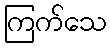
ကြက်သေ